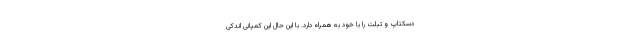
دسکتاپ و تبلت را با خود به همراه دارد. با این حال این کمپانی اندکی